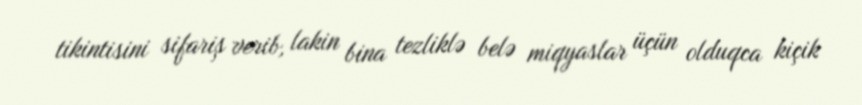
tikintisini sifariş verib, lakin bina tezliklə belə miqyaslar üçün olduqca kiçik